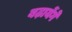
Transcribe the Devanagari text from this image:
बढ़ायेंगे